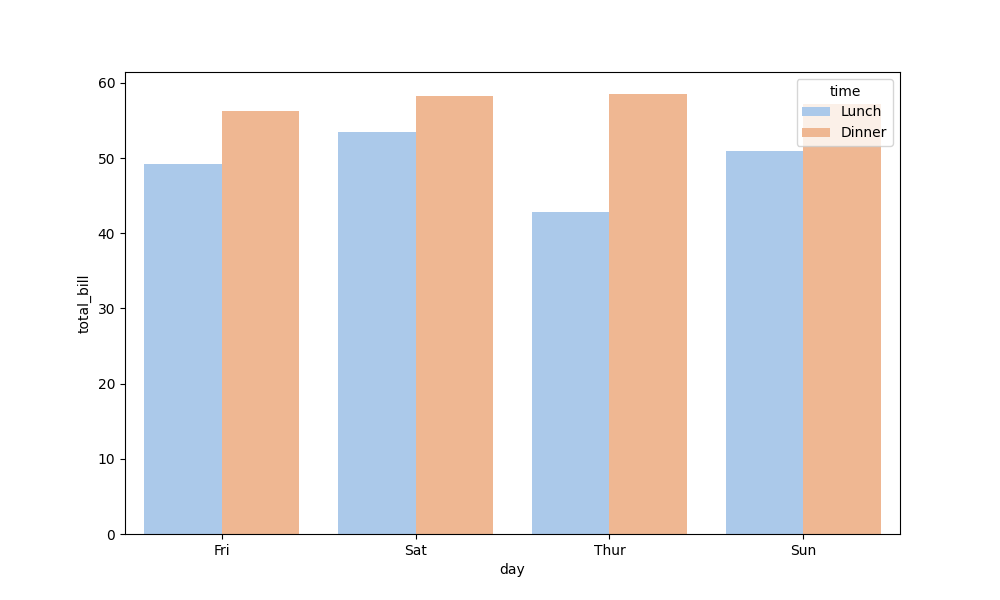
python, seaborn, barplot, hue='time', palette='pastel', ci=None, orient='v'